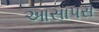
આસાપસ